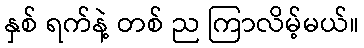
နှစ် ရက်နဲ့ တစ် ည ကြာလိမ့်မယ်။